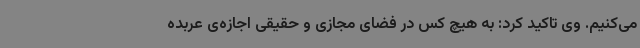
می‌کنیم. وی تاکید کرد: به هیچ کس در فضای مجازی و حقیقی اجازه‌ی عربده